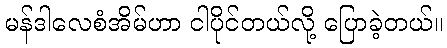
မန်ဒါလေစံအိမ်ဟာ ငါပိုင်တယ်လို့ ပြောခဲ့တယ်။